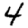
Digit: 4